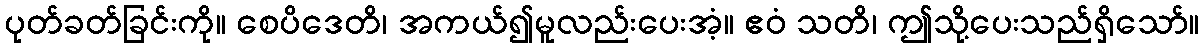
ပုတ်ခတ်ခြင်းကို။ စေပိဒေတိ၊ အကယ်၍မူလည်းပေးအံ့။ ဧဝံ သတိ၊ ဤသို့ပေးသည်ရှိသော်။